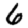
Digit: 6